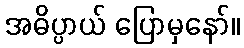
အဓိပ္ပာယ် ပြောမှနော်။